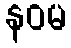
နဝမ